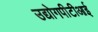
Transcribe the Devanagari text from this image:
उद्योगपीटीआई